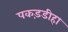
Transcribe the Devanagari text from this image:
पकड़डीहा